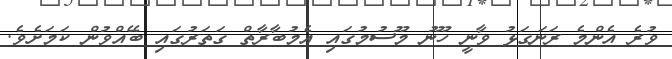
ވުރެ އެންމެ ރަނަގަޅު ވާނީ ހޫނު މޫސުމުގައި އެމުބާރާތް ގަތަރުގައި ބޭއްވުން ކަމަށެވެ.